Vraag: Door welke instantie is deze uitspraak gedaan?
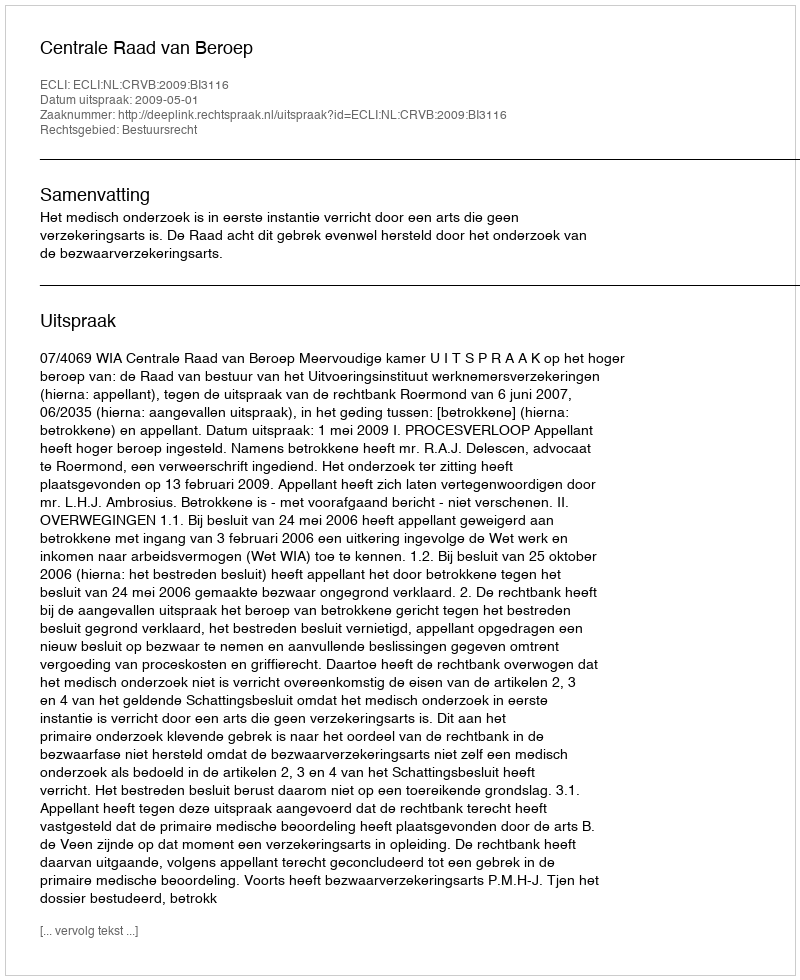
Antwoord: Centrale Raad van Beroep